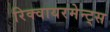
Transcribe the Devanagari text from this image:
रिक्वायरमेन्ट्स